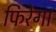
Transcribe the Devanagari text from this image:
फिरेगा